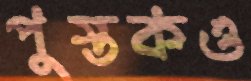
পুস্তকও